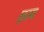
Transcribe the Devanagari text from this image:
छ़ाय